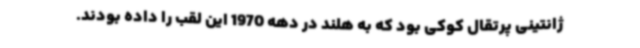
ژانتینی پرتقال کوکی بود که به هلند در دهه 1970 این لقب را داده بودند.